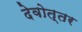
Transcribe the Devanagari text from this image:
देवोत्तर